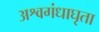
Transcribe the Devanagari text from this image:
अश्वगंधाघृता